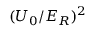
( U _ { 0 } / E _ { R } ) ^ { 2 }